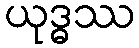
ယုဒ္ဓဿ